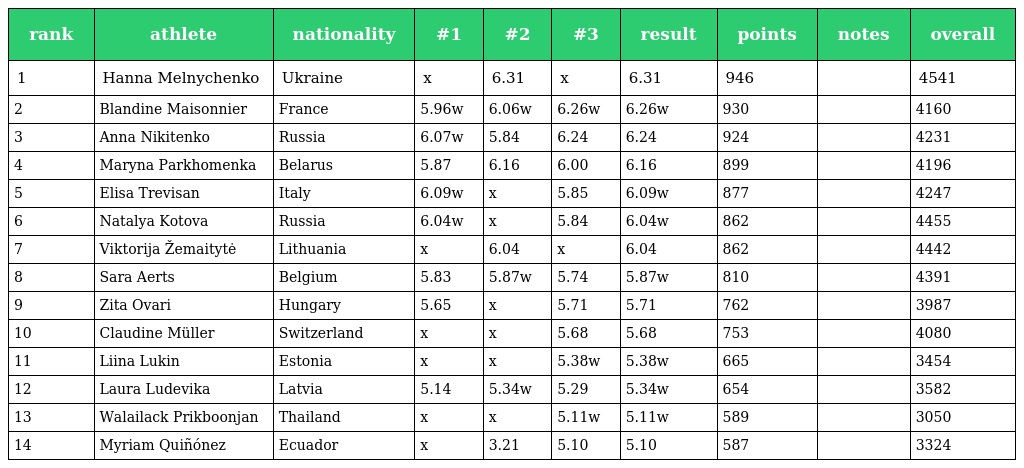
| rank | athlete | nationality | #1 | #2 | #3 | result | points | notes | overall |
 | --- | --- | --- | --- | --- | --- | --- | --- | --- | --- |
 | 1 | Hanna Melnychenko | Ukraine | x | 6.31 | x | 6.31 | 946 |  | 4541 |
 | 2 | Blandine Maisonnier | France | 5.96w | 6.06w | 6.26w | 6.26w | 930 |  | 4160 |
 | 3 | Anna Nikitenko | Russia | 6.07w | 5.84 | 6.24 | 6.24 | 924 |  | 4231 |
 | 4 | Maryna Parkhomenka | Belarus | 5.87 | 6.16 | 6.00 | 6.16 | 899 |  | 4196 |
 | 5 | Elisa Trevisan | Italy | 6.09w | x | 5.85 | 6.09w | 877 |  | 4247 |
 | 6 | Natalya Kotova | Russia | 6.04w | x | 5.84 | 6.04w | 862 |  | 4455 |
 | 7 | Viktorija Žemaitytė | Lithuania | x | 6.04 | x | 6.04 | 862 |  | 4442 |
 | 8 | Sara Aerts | Belgium | 5.83 | 5.87w | 5.74 | 5.87w | 810 |  | 4391 |
 | 9 | Zita Ovari | Hungary | 5.65 | x | 5.71 | 5.71 | 762 |  | 3987 |
 | 10 | Claudine Müller | Switzerland | x | x | 5.68 | 5.68 | 753 |  | 4080 |
 | 11 | Liina Lukin | Estonia | x | x | 5.38w | 5.38w | 665 |  | 3454 |
 | 12 | Laura Ludevika | Latvia | 5.14 | 5.34w | 5.29 | 5.34w | 654 |  | 3582 |
 | 13 | Walailack Prikboonjan | Thailand | x | x | 5.11w | 5.11w | 589 |  | 3050 |
 | 14 | Myriam Quiñónez | Ecuador | x | 3.21 | 5.10 | 5.10 | 587 |  | 3324 |